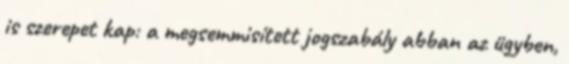
is szerepet kap: a megsemmisített jogszabály abban az ügyben,